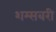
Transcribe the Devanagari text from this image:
शम्सबरी